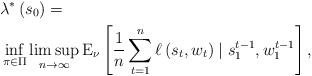
\begin{align*}&\lambda^*\left(s_{0}\right) = \\&\inf _{\pi \in \Pi} \limsup _{n \rightarrow \infty} \mathrm{E}_\nu\left[\frac{1}{n} \sum_{t=1}^n \ell\left(s_t, w_t \right) \mid s_{1}^{t-1}, w_{1}^{t-1}\right],\end{align*}